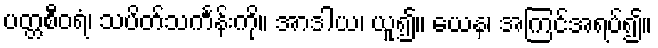
ပတ္တစီဝရံ၊ သပိတ်သင်္ကန်းကို။ အာဒါယ၊ ယူ၍။ ယေန၊ အကြင်အရပ်၍။